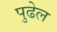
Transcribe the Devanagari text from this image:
पुढेल